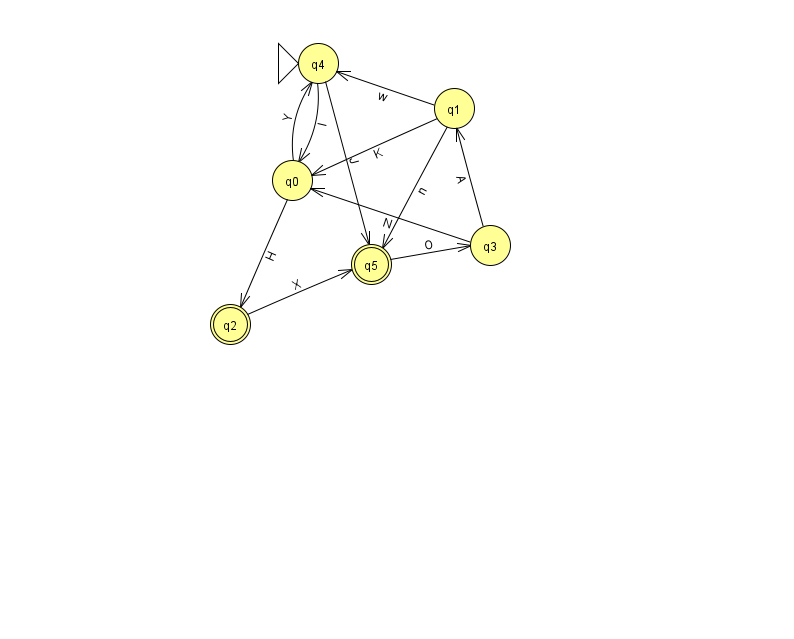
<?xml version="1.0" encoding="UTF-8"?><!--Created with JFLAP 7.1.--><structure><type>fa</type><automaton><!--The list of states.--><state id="0" name="q0"><x>292.0</x><y>167.0</y></state><state id="1" name="q1"><x>454.0</x><y>95.0</y></state><state id="2" name="q2"><x>230.0</x><y>311.0</y><final/></state><state id="3" name="q3"><x>490.0</x><y>232.0</y></state><state id="4" name="q4"><x>318.0</x><y>50.0</y><initial/></state><state id="5" name="q5"><x>371.0</x><y>251.0</y><final/></state><!--The list of transitions.--><transition><from>1</from><to>5</to><read>n</read></transition><transition><from>1</from><to>0</to><read>K</read></transition><transition><from>5</from><to>3</to><read>O</read></transition><transition><from>1</from><to>4</to><read>w</read></transition><transition><from>3</from><to>0</to><read>N</read></transition><transition><from>4</from><to>5</to><read>J</read></transition><transition><from>0</from><to>4</to><read>Y</read></transition><transition><from>4</from><to>0</to><read>I</read></transition><transition><from>3</from><to>1</to><read>A</read></transition><transition><from>0</from><to>2</to><read>H</read></transition><transition><from>2</from><to>5</to><read>X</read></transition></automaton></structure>